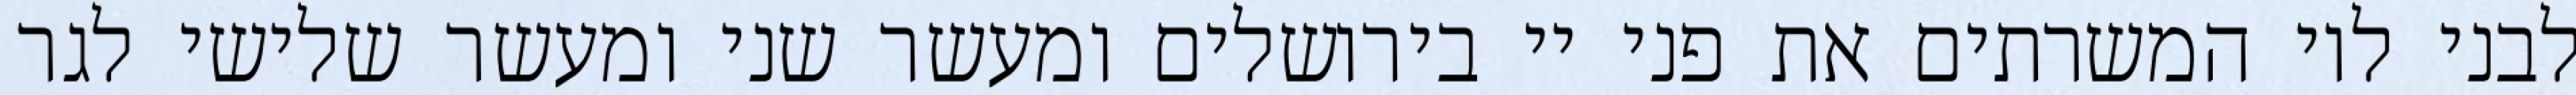
לבני לוי המשרתים את פני יי בירושלים ומעשר שני ומעשר שלישי לגר